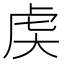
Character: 𬟧